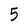
Character: 5